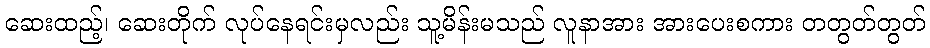
ဆေးထည့်၊ ဆေးတိုက် လုပ်နေရင်းမှလည်း သူ့မိန်းမသည် လူနာအား အားပေးစကား တတွတ်တွတ်